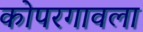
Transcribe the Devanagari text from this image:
कोपरगावला